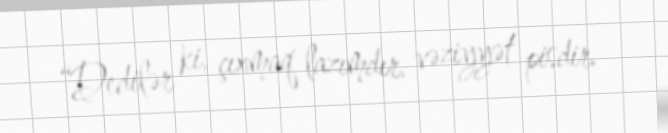
“Dedilər ki, çıxmaq lazımdır, vəziyyət pisdir.